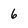
Character: 6